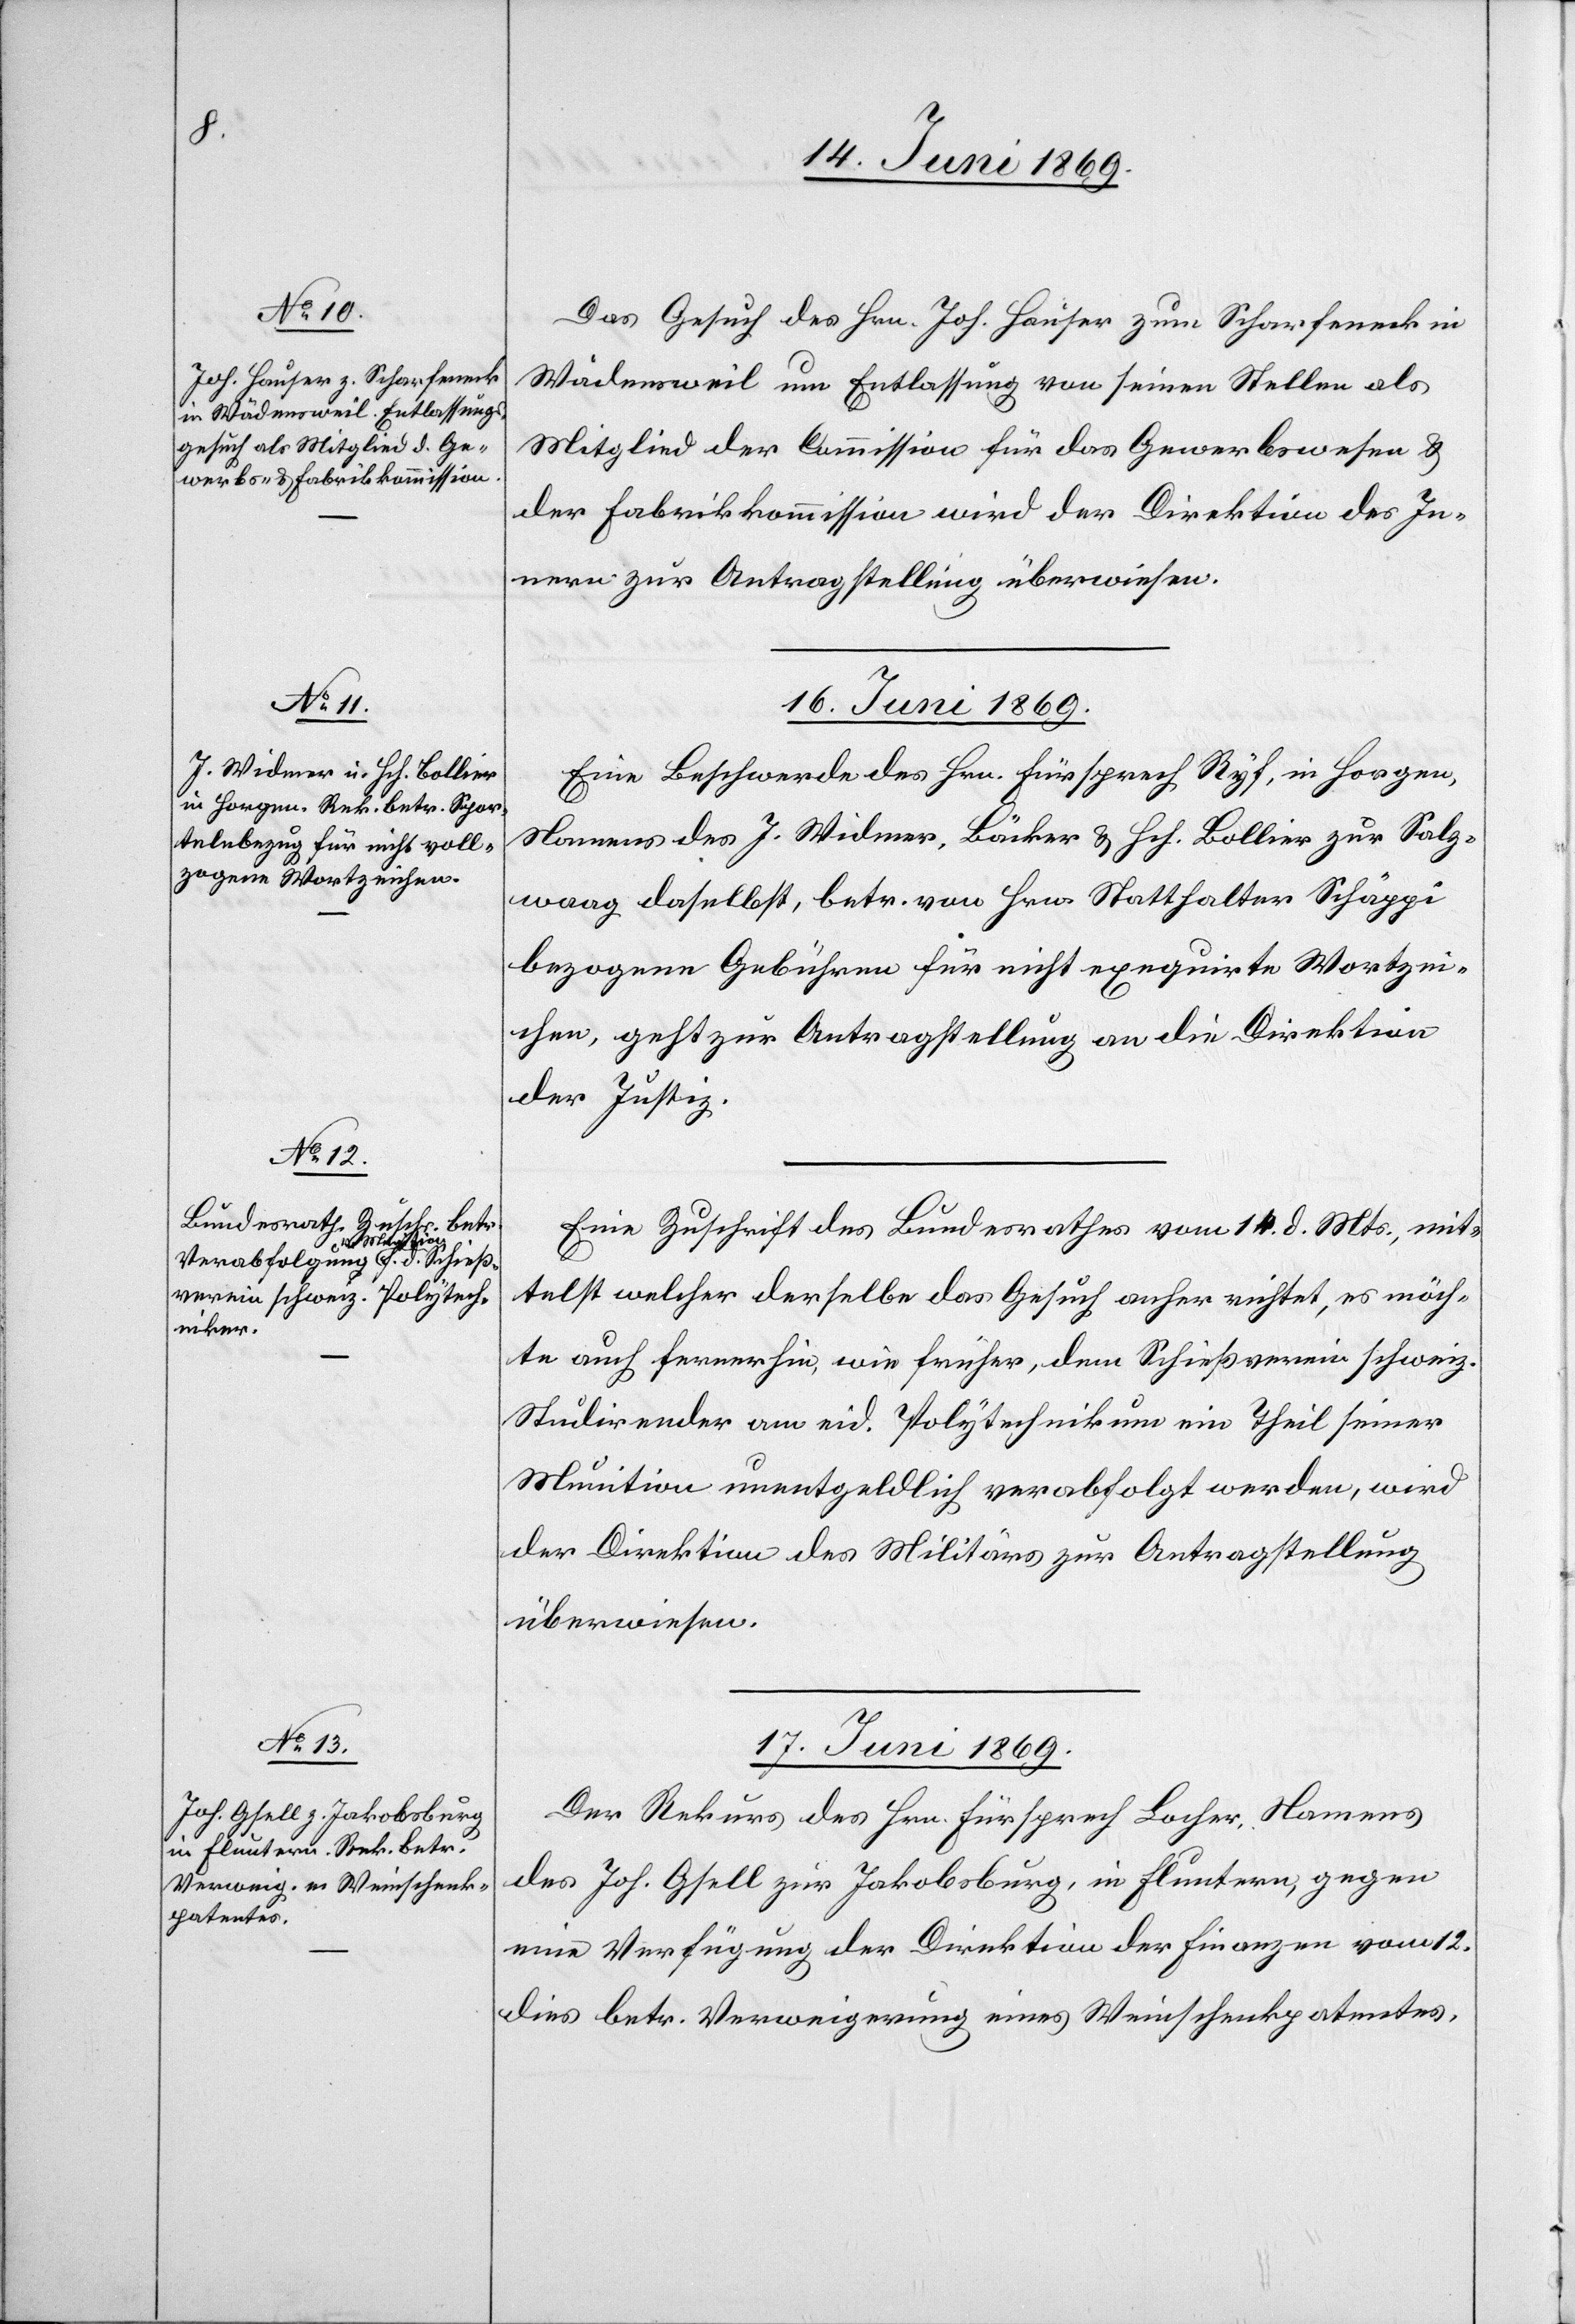
15. Juni 1869.]
Das Gesuch des Hrn. Joh. Hauser zum Scharfeneck in
Wädensweil um Entlassung von seinen Stellen als
Mitglied der Commission für das Gewerbswesen u.
der Fabrikkommission wird der Direktion des In¬
nern zur Antragstellung überwiesen.
16. Juni 1869.]
Eine Beschwerde des Hrn. Fürsprech Ryf, in Horgen,
Namens des J. Widmer, Bäcker u. Hch. Bollier zur Salz¬
waag daselbst, betr. von Hrn. Statthalter Schäppi
bezogenen Gebühren für nicht exequirte Wortzei¬
chen, geht zur Antragstellung an die Direktion
der Justiz.
Eine Zuschrift des Bundesrathes vom 14. d. Mts., mit¬
telst welcher derselbe das Gesuch anher richtet, es möch¬
te auch fernerhin, wie früher, dem Schießverein schweiz.
Studirender am eid. Polytechnikum ein Theil seiner
Munition unentgeldlich verabfolgt werden, wird
der Direktion des Militärs zur Antragstellung
überwiesen.
17. Juni 1869.
Der Rekurs des Hrn. Fürsprech Locher, Namens
des Joh. Gfell zur Jakobsburg, in Fluntern, gegen
eine Verfügung der Direktion der Finanzen vom 12.
dies betr. Verweigerung eines Weinschenkpatentes,